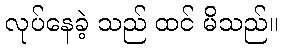
လုပ်နေခဲ့ သည် ထင် မိသည်။